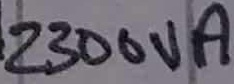
Text: 2300VA